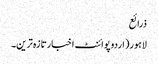
ذرائع
لاہور(اردوپوائنٹ اخبارتازہ ترین۔